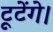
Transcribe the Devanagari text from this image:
टूटेंगे।